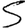
Digit: 5